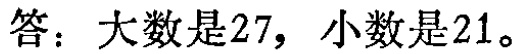
答：大数是27，小数是21。